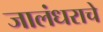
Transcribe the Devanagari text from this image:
जालंधराचे